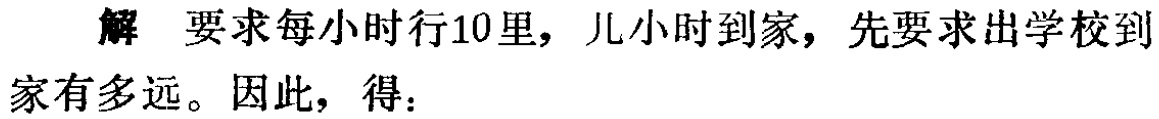
解 要求每小时行10里，儿小时到家，先要求出学校到家有多远。因此，得：